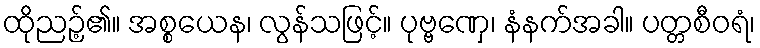
ထိုညဉ့်၏။ အစ္စယေန၊ လွန်သဖြင့်။ ပုဗ္ဗဏှေ၊ နံနက်အခါ။ ပတ္တစီဝရံ၊